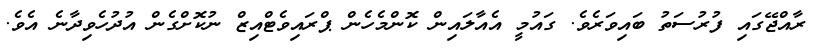
ރާއްޖޭގައި ފުރުސަތު ބައިވަރެވެ. ގައުމީ އެއާލައިން ކޮންމެހެން ޕްރައިވެޓްއިޒް ނުކޮށްގެން އުދުހެވިދާނެ އެވެ.